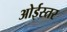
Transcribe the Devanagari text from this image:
ओईस्तर